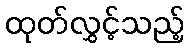
ထုတ်လွှင့်သည့်